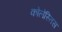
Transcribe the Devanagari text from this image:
कोलेस्तिस